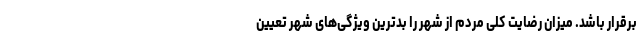
برقرار باشد. میزان رضایت کلی مردم از شهر را بدترین ویژگی‌های شهر تعیین